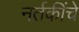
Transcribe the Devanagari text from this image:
नर्तकींचे